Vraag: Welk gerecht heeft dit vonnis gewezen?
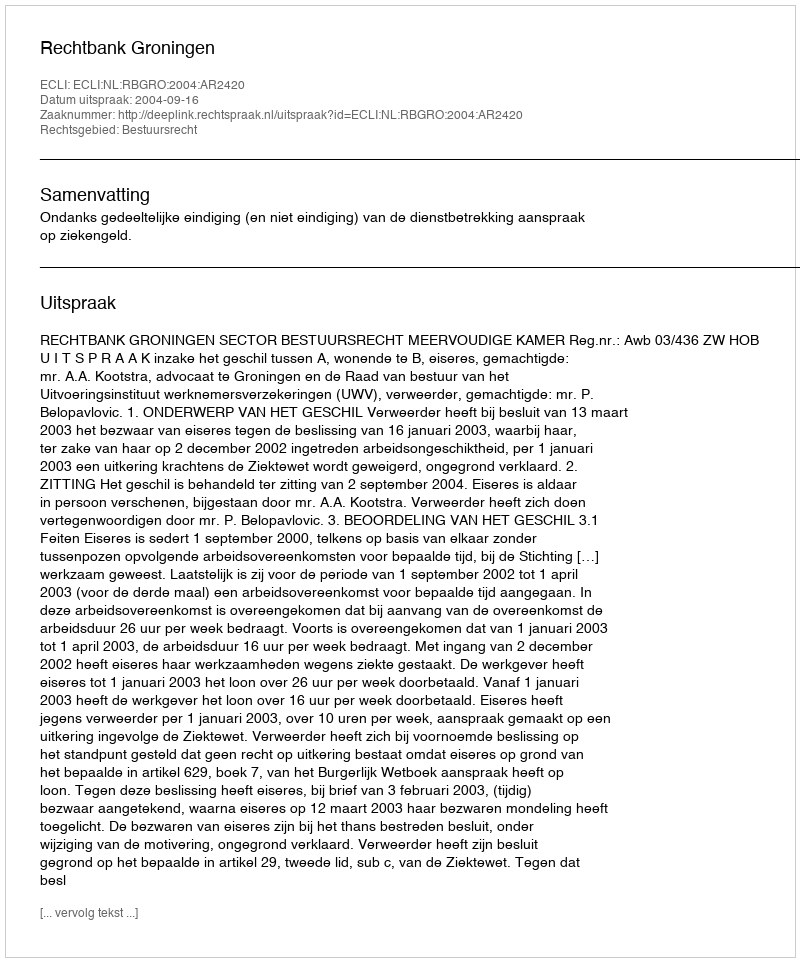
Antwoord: Rechtbank Groningen